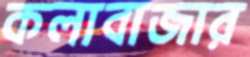
কলাবাজার